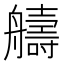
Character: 𫇠